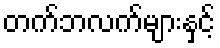
တက်ဘလက်များနှင့်